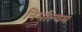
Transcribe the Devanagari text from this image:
निर्माल्यम